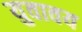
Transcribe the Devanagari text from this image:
युवावय